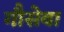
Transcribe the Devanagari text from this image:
गौसेवा